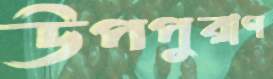
উপপুরাণ